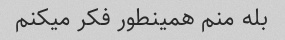
بله منم همینطور فکر میکنم